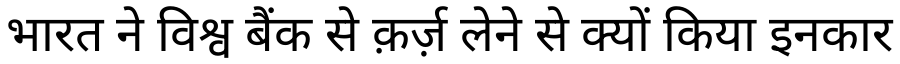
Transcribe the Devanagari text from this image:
भारत ने विश्व बैंक से क़र्ज़ लेने से क्यों किया इनकार